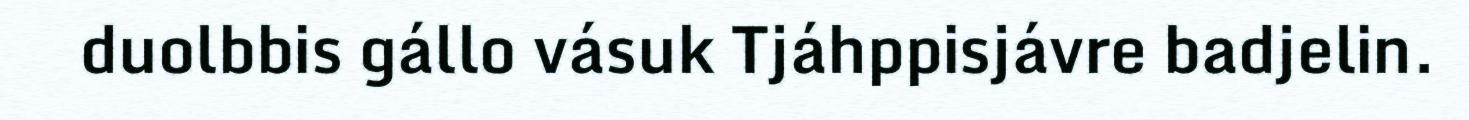
duolbbis gállo vásuk Tjáhppisjávre badjelin.